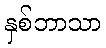
နှစ်ဘာသာ